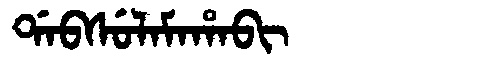
Manchu: ᡩᠠᠪᠰᡠᠯᠠᠮᠠᡥᠠᠪᡳ
Romanization: DABSULAMAHABI